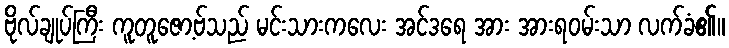
ဗိုလ်ချုပ်ကြီး ကူတူဇော့ဗ်သည် မင်းသားကလေး အင်ဒရေ အား အားရဝမ်းသာ လက်ခံ၏။